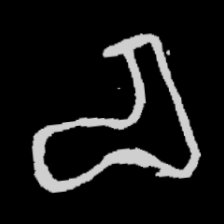
Pyu character \u2014 Myanmar letter: စ (romanized: ca)